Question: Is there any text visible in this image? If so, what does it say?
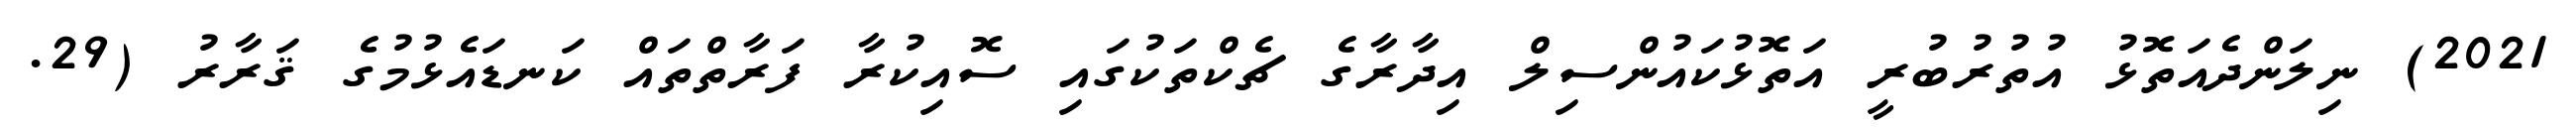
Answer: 2021) ނިލަންދެއަތޮޅު އުތުރުބުރީ އަތޮޅުކައުންސިލް އިދާރާގެ ޗެކްތަކުގައި ސޮއިކުރާ ފަރާތްތައް ކަނޑައެޅުމުގެ ޤަރާރު (29.